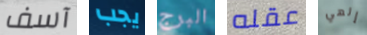
آسف يجب البرج عقله إلهي